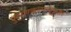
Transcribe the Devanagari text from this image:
पुराणकल्पनेनुसार